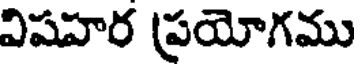
విషహర ప్రయోగము